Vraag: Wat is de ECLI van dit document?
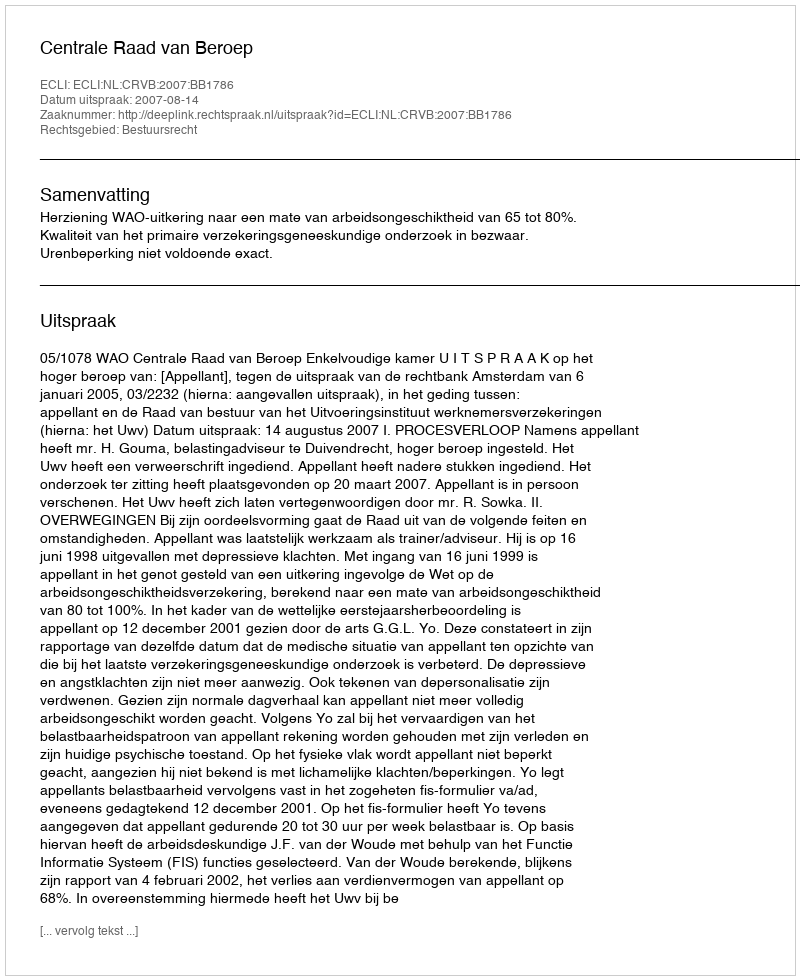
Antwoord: ECLI:NL:CRVB:2007:BB1786